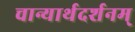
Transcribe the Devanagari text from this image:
चान्यार्थदर्शनम्